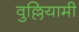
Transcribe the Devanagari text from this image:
वुल्लियामी